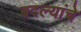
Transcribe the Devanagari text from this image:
बदल्यांचे